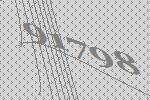
91798